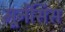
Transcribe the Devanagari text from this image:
मूर्नेंसिस